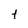
Character: t